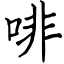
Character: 啡